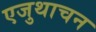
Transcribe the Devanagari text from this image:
एजुथाचन